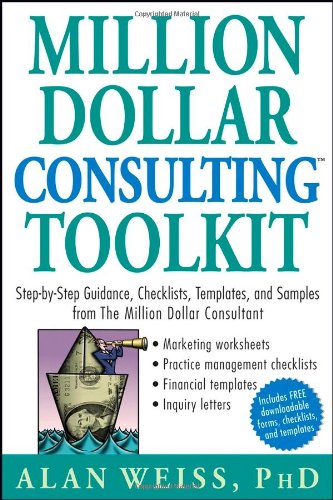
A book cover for Million Dollar Consulting (TM) Toolkit: Step-By-Step Guidance, Checklists, Templates and Samples from "The Million Dollar Consultant"; Alan Weiss; Business & Money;